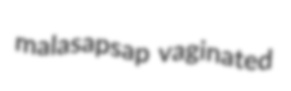
malasapsap vaginated